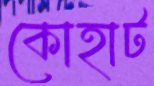
কোহাট